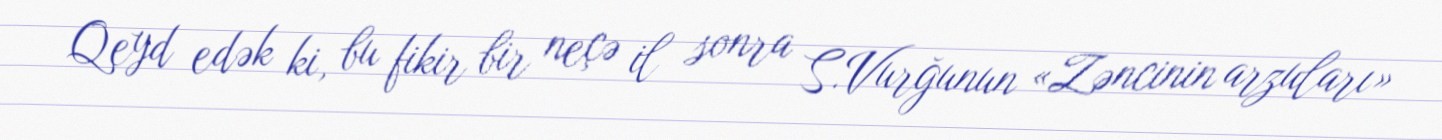
Qeyd edək ki, bu fikir bir neçə il sonra S.Vurğunun «Zəncinin arzuları»